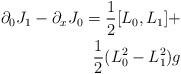
LaTeX: \begin{align*}\partial_{0} J_{1} - \partial_{x} J_{0} = \frac{1}{2}[L_{0},L_{1}] + \\\frac{1}{2} (L_{0}^{2} - L_{1}^{2} )g\end{align*}